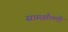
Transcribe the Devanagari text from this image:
साम्छाँल्ली